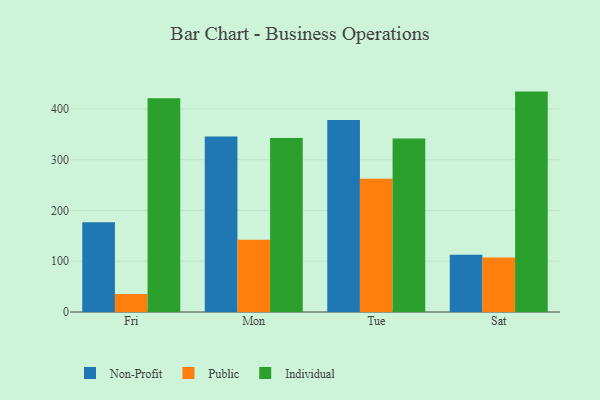
{"axis": {"x": "Day", "y": "Satisfaction Score"}, "legend": ["Individual", "Non-Profit", "Public"], "data": [{"x": "Fri", "y": 176.7, "type": "Non-Profit"}, {"x": "Fri", "y": 35.4, "type": "Public"}, {"x": "Fri", "y": 421.1, "type": "Individual"}, {"x": "Mon", "y": 345.6, "type": "Non-Profit"}, {"x": "Mon", "y": 142.2, "type": "Public"}, {"x": "Mon", "y": 342.8, "type": "Individual"}, {"x": "Tue", "y": 378.2, "type": "Non-Profit"}, {"x": "Tue", "y": 262.7, "type": "Public"}, {"x": "Tue", "y": 342.1, "type": "Individual"}, {"x": "Sat", "y": 112.8, "type": "Non-Profit"}, {"x": "Sat", "y": 107.4, "type": "Public"}, {"x": "Sat", "y": 434.3, "type": "Individual"}]}